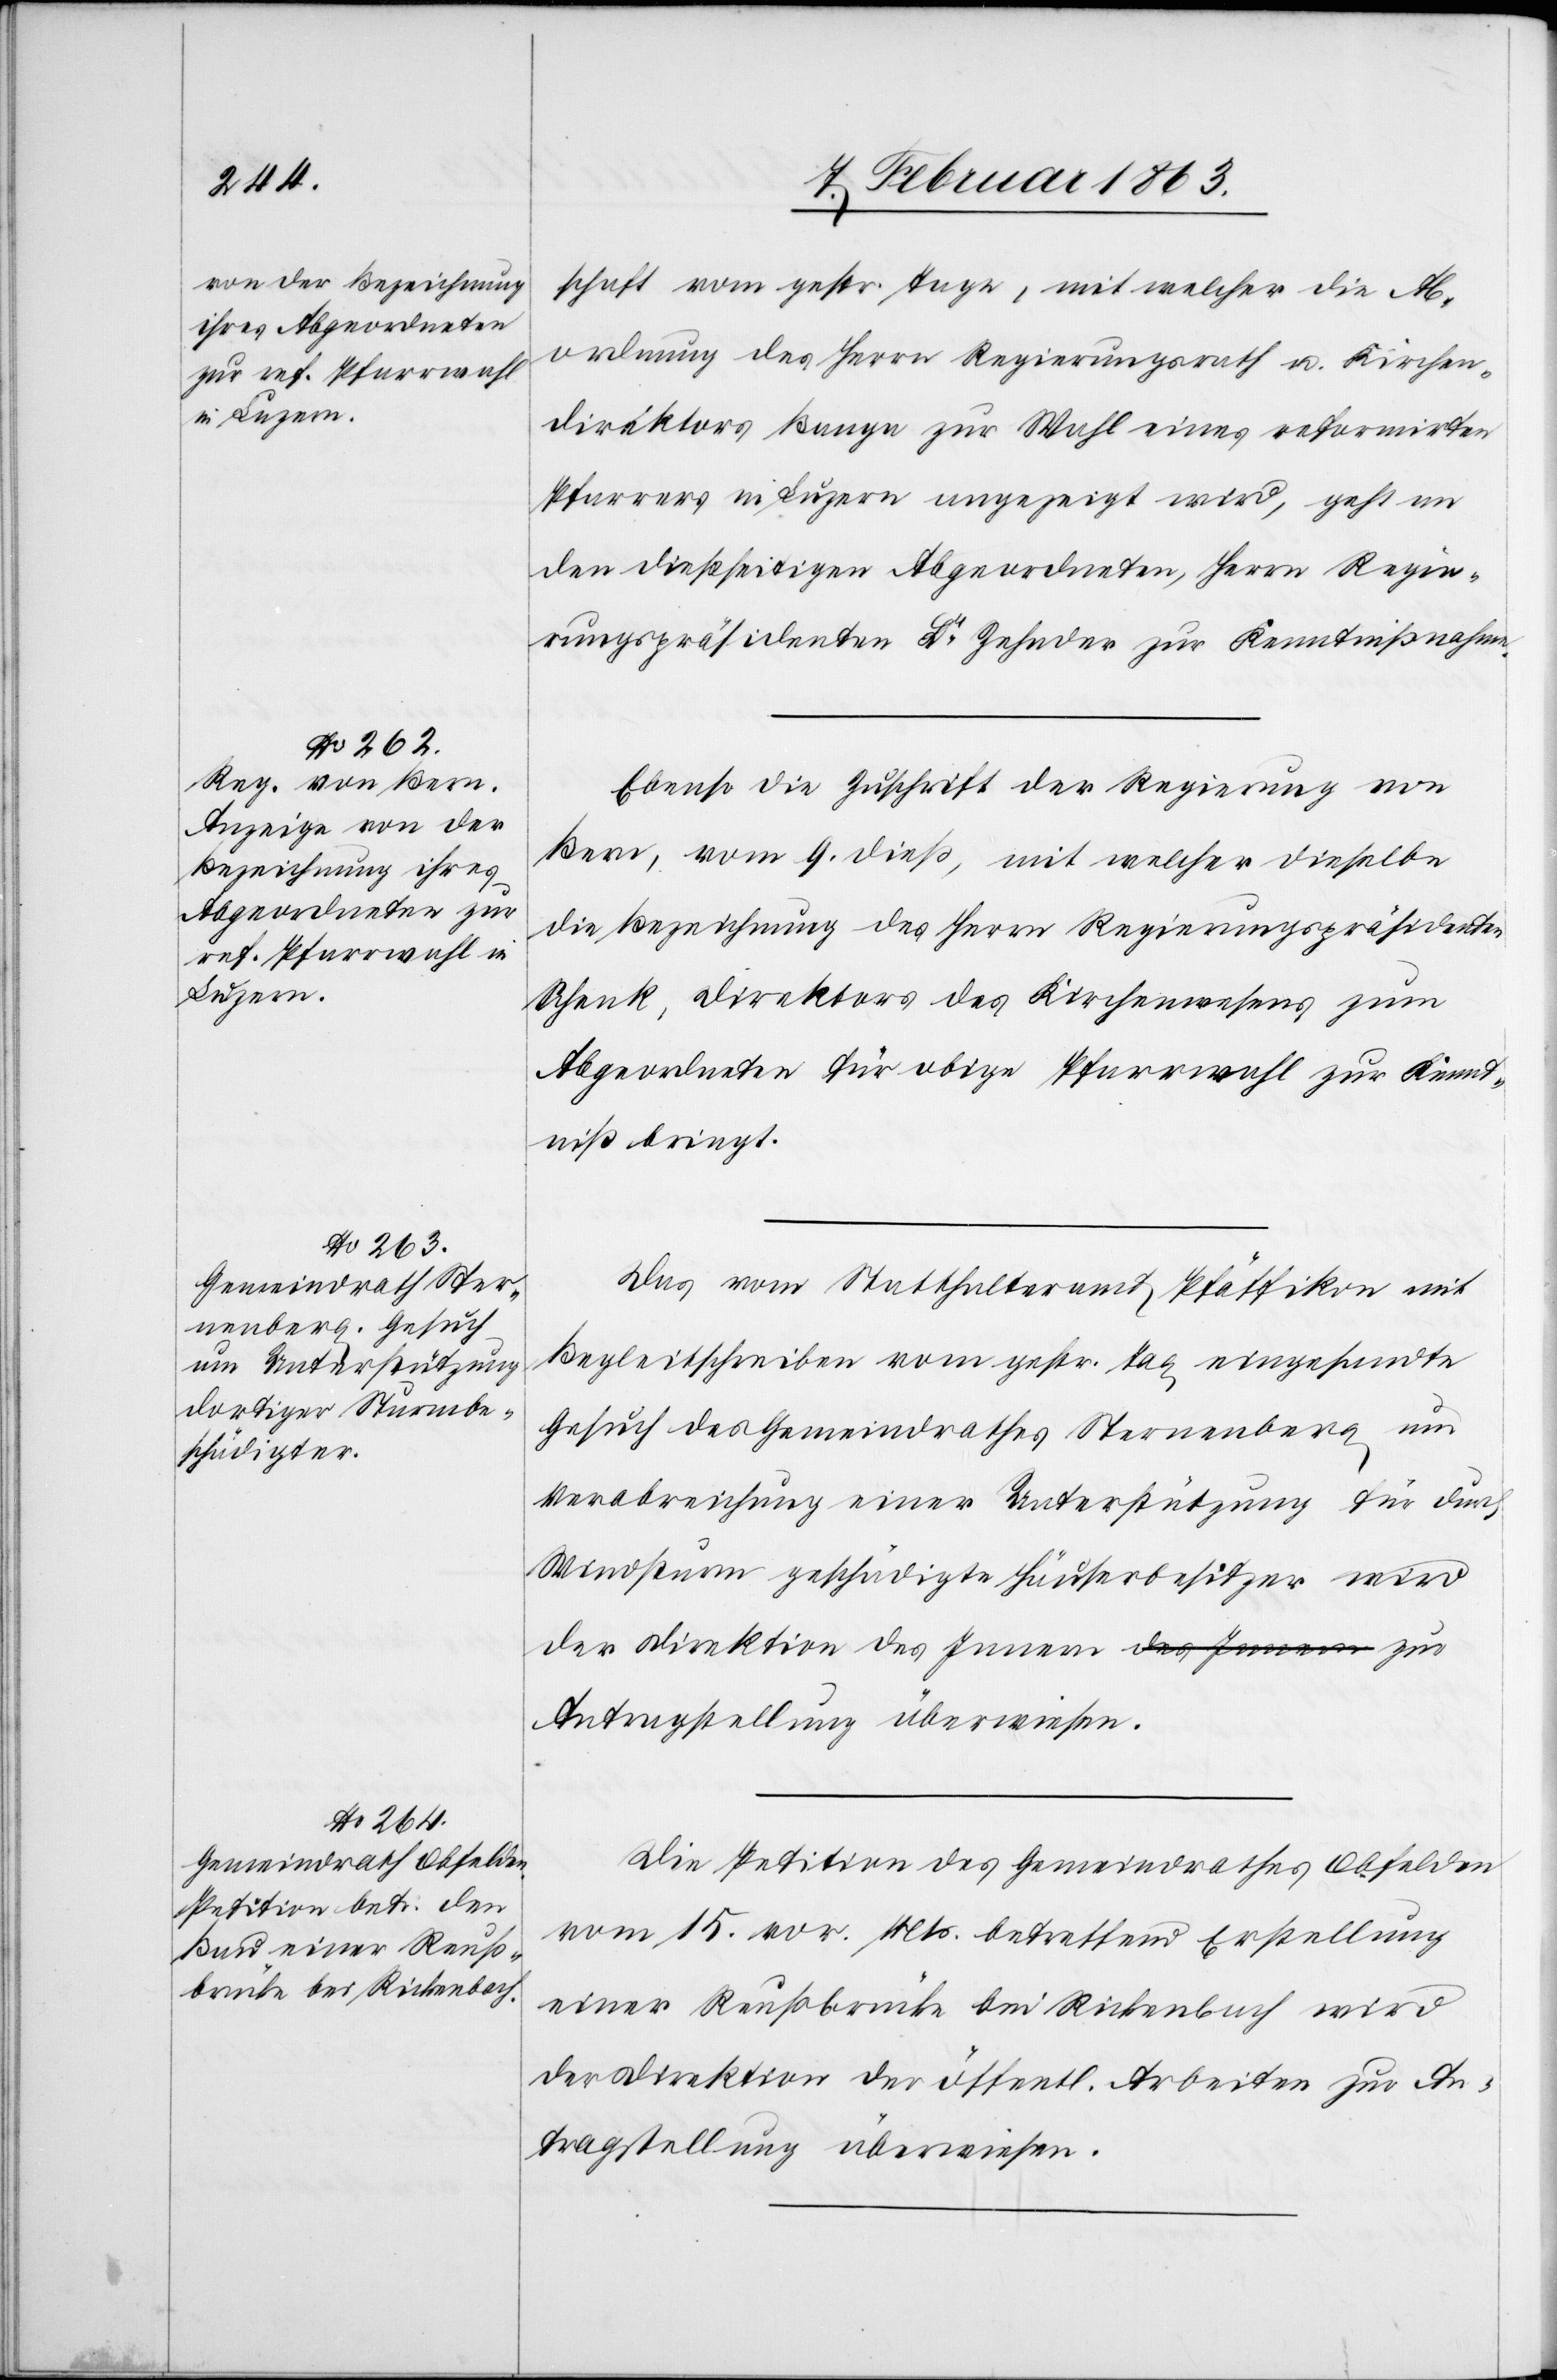
11. Februar 1863.]
schaft vom gestr. Tage, mit welcher die Ab¬
ordnung des Herrn Regierungsrath u. Kirchen¬
direktors Banga zur Wahl eines reformirten
Pfarrers in Luzern angezeigt wird, geht an
den dießseitigen Abgeordneten, Herrn Regie¬
rungspräsidenten Dr Zehnder zur Kenntnißnahme.
Ebenso die Zuschrift der Regierung von
Bern, vom 9. dieß, mit welcher dieselbe
die Bezeichnung des Herrn Regierungspräsidenten
Schenk, Direktors des Kirchenwesens zum
Abgeordneten für obige Pfarrwahl zur Kennt¬
niß bringt.
Das vom Statthalteramt Pfäffikon mit
Begleitschreiben vom gestr. Tag eingesandte
Gesuch des Gemeindrathes Sternenberg um
Verabreichung einer Unterstützung für durch
Windsturm geschädigte Häuserbesitzer wird
der Direktion des Innern zur Antragstellung
Die Petition des Gemeindrathes Obfelden
vom 15. vor. Mts. betreffend Erstellung
einer Reußbrücke bei Rickenbach wird
der Direktion der öffentl. Arbeiten zur An¬
tragstellung überweisen.